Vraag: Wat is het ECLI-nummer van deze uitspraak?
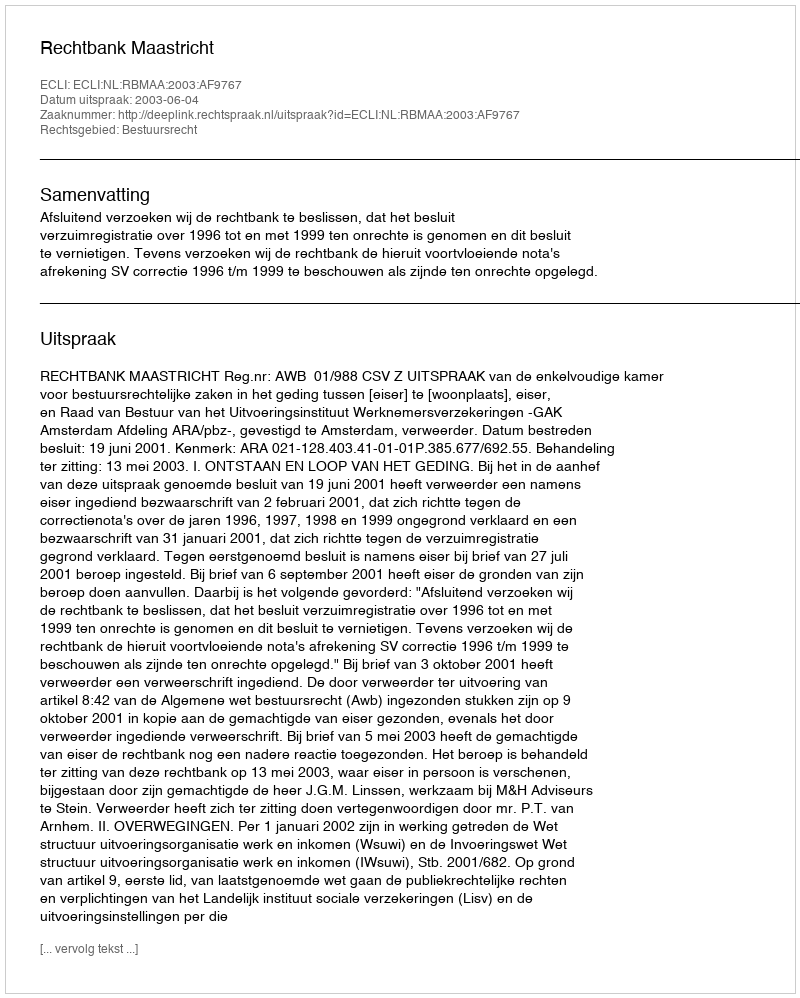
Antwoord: ECLI:NL:RBMAA:2003:AF9767